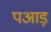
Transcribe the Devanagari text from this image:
पआड़